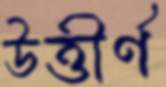
উত্তীর্ণ